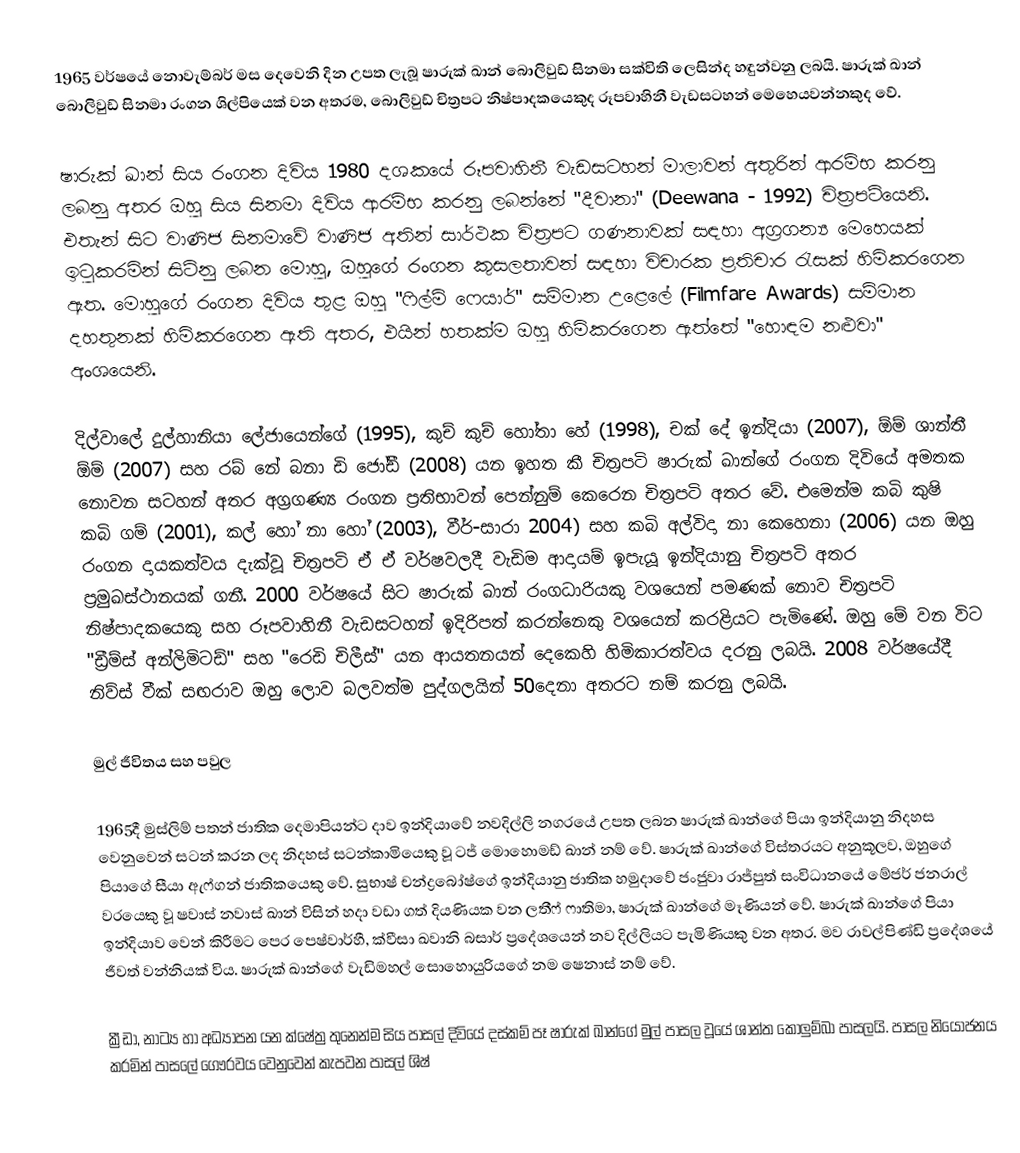
1965 වර්ෂයේ නොවැම්බර් මස දෙවෙනි දින උපත ලැබූ ෂාරුක් ඛාන් බොලිවුඩ් සිනමා සක්විති ලෙසින්ද හඳුන්වනු ලබයි. ෂාරුක් ඛාන් බොලිවුඩ් සිනමා රංගන ශිල්පි‍යෙක් වන අතරම, බොලිවුඩ් චිත්‍රපට නිෂ්පාදකයෙකුද රූපවාහිනී වැඩසටහන් මෙහෙයවන්නකුද වේ.

ෂාරුක් ඛාන් සිය රංගන දිවිය 1980 දශ‍කයේ රූපවාහිනී වැඩසටහන් මාලාවන් අතුරින් ආරම්භ කරනු ලබනු අතර ඔහු සිය සිනමා දිවිය ආරම්භ කරනු ලබන්නේ "දීවානා" (Deewana - 1992) චිත්‍රපටියෙනි. එතැන් සිට වාණිජ සිනමාවේ වාණිජ අතින් සාර්ථක චිත්‍රපට ගණනාවක් සඳහා අග්‍රගන්‍ය මෙහෙයක් ඉටුකරමින් සිටිනු ලබන මොහු, ඔහුගේ රංගන කුසලතාවන් සඳහා විචාරක ප්‍රතිචාර රැසක් හිමිකරගෙන ඇත. මොහුගේ රංගන දිවිය තුළ ඔහු "ෆිල්ම් ෆෙයාර්" සම්මාන උළෙලේ (Filmfare Awards) සම්මාන දහතුනක් හිමිකරගෙන ඇති අතර, එයින් හතක්ම ඔහු හිමිකරගෙන ඇත්තේ "හොඳම නළුවා" අංශයෙනි.

දිල්වාලේ දුල්හානියා ලේජායෙන්ගේ (1995), කුච් ‍කුච් ‍හෝතා හේ (1998), චක් ‍දේ ඉන්දියා (2007), ඕම් ශාන්තී ඕම් (2007) සහ රබ් නේ බනා ඩි ජෝඩී (2008) යන ඉහත කී චිත්‍රපටි ෂාරුක් ඛාන්ගේ රංගන දිවියේ අමතක නොවන සටහන් අතර අග්‍රගණ්‍ය රංගන ප්‍රතිභාවන් පෙන්නුම් කෙරෙන චිත්‍රපටි අතර වේ. එමෙන්ම කබි කුෂි කබි ගම් (2001), කල් ‍හෝ නා හෝ (2003), වීර්-සාරා 2004) සහ කබි අල්විදා නා කෙහෙනා (2006) යන  ඔහු රංගන දායකත්වය දැක්වූ චිත්‍රපටි ඒ ඒ වර්ෂවලදී වැඩිම ආදායම් ඉපැයූ ඉන්දියානු චිත්‍රපටි අතර ප්‍රමුඛස්ථානයක් ගනී. 2000 වර්ෂයේ සිට ෂාරුක් ඛාන් රංගධාරියකු වශයෙන් පමණක් නොව චිත්‍රපටි නිෂ්පාදකයෙකු සහ රූපවාහිනී වැඩසටහන් ඉදිරිපත් කරන්නෙකු වශයෙන් කරළියට පැමිණේ. ඔහු මේ වන විට "ඩ්‍රීම්ස් අන්ලිමිටඩ්" සහ "රෙඩි චිලීස්" යන ආයතනයන් දෙකෙහි හිමිකාරත්වය දරනු ලබයි. 2008 වර්ෂයේදී නිව්ස් වීක් සඟරාව ඔහු ලොව බලවත්ම පුද්ගලයින් 50දෙනා අතරට නම් කරනු ලබයි.

මුල් ජීවිතය සහ පවුල

1965දී මුස්ලිම් පතන් ජාතික දෙමාපියන්ට දාව ඉන්දියාවේ නවදිල්ලි නග‍රයේ උපත ලබන ෂාරුක් ඛාන්ගේ පියා ඉන්දියානු නිදහස වෙනුවෙන් සටන් කරන ලද නිදහස් සටන්කාමියෙකු වූ ටජ් මොහොමඩ් ඛාන් නම් වේ. ෂාරුක් ඛාන්ගේ විස්තරයට අනුකූලව, ඔහුගේ පියාගේ සීයා ඇෆ්ගන් ජාතිකයෙකු වේ. ‍සුභාෂ් චන්ද්‍රබෝෂ්ගේ ඉන්දියානු ජාතික හමුදාවේ ජංජුවා රාජ්පුත් සංවිධානයේ මේජර් ජනරාල් වරයෙකු වූ ෂවාස් නවාස් ඛාන් විසින් හදා වඩා ගත් දියණියක වන ලතීෆ් ෆාතිමා, ෂාරුක් ඛාන්ගේ මෑණියන් වේ. ෂාරුක් ඛාන්ගේ පියා ඉන්දියාව වෙන් කිරීමට පෙර පෙෂ්වාර්හී, ක්වීසා ඛවානි බසාර් ප්‍රදේශයෙන්  නව දිල්ලියට පැමිණියකු වන අතර. මව රාවල්පිණ්ඩි ප්‍රදේශයේ ජීවත් වන්නියක් විය. ෂාරුක් ඛාන්ගේ වැඩිමහල් සොහොයුරියගේ නම ෂෙනාස් නම් වේ.

ක්‍රීඩා, නාට්‍ය හා අධ්‍යාපන යන ක්ෂේත්‍ර තුනෙන්ම සිය පාසල් දිවියේ දස්කම් පෑ ෂාරුක් ඛාන්ගේ මුල් පාසල වූ‍යේ ශාන්ත කොලුම්බා පාසලයි. පාසල නියෝජනය කරමින් පාසලේ ගෞරවය වෙනුවෙන් කැපවන පාසල් ශිෂ්‍